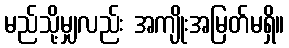
မည်သို့မျှလည်း အကျိုးအမြတ်မရှိ။